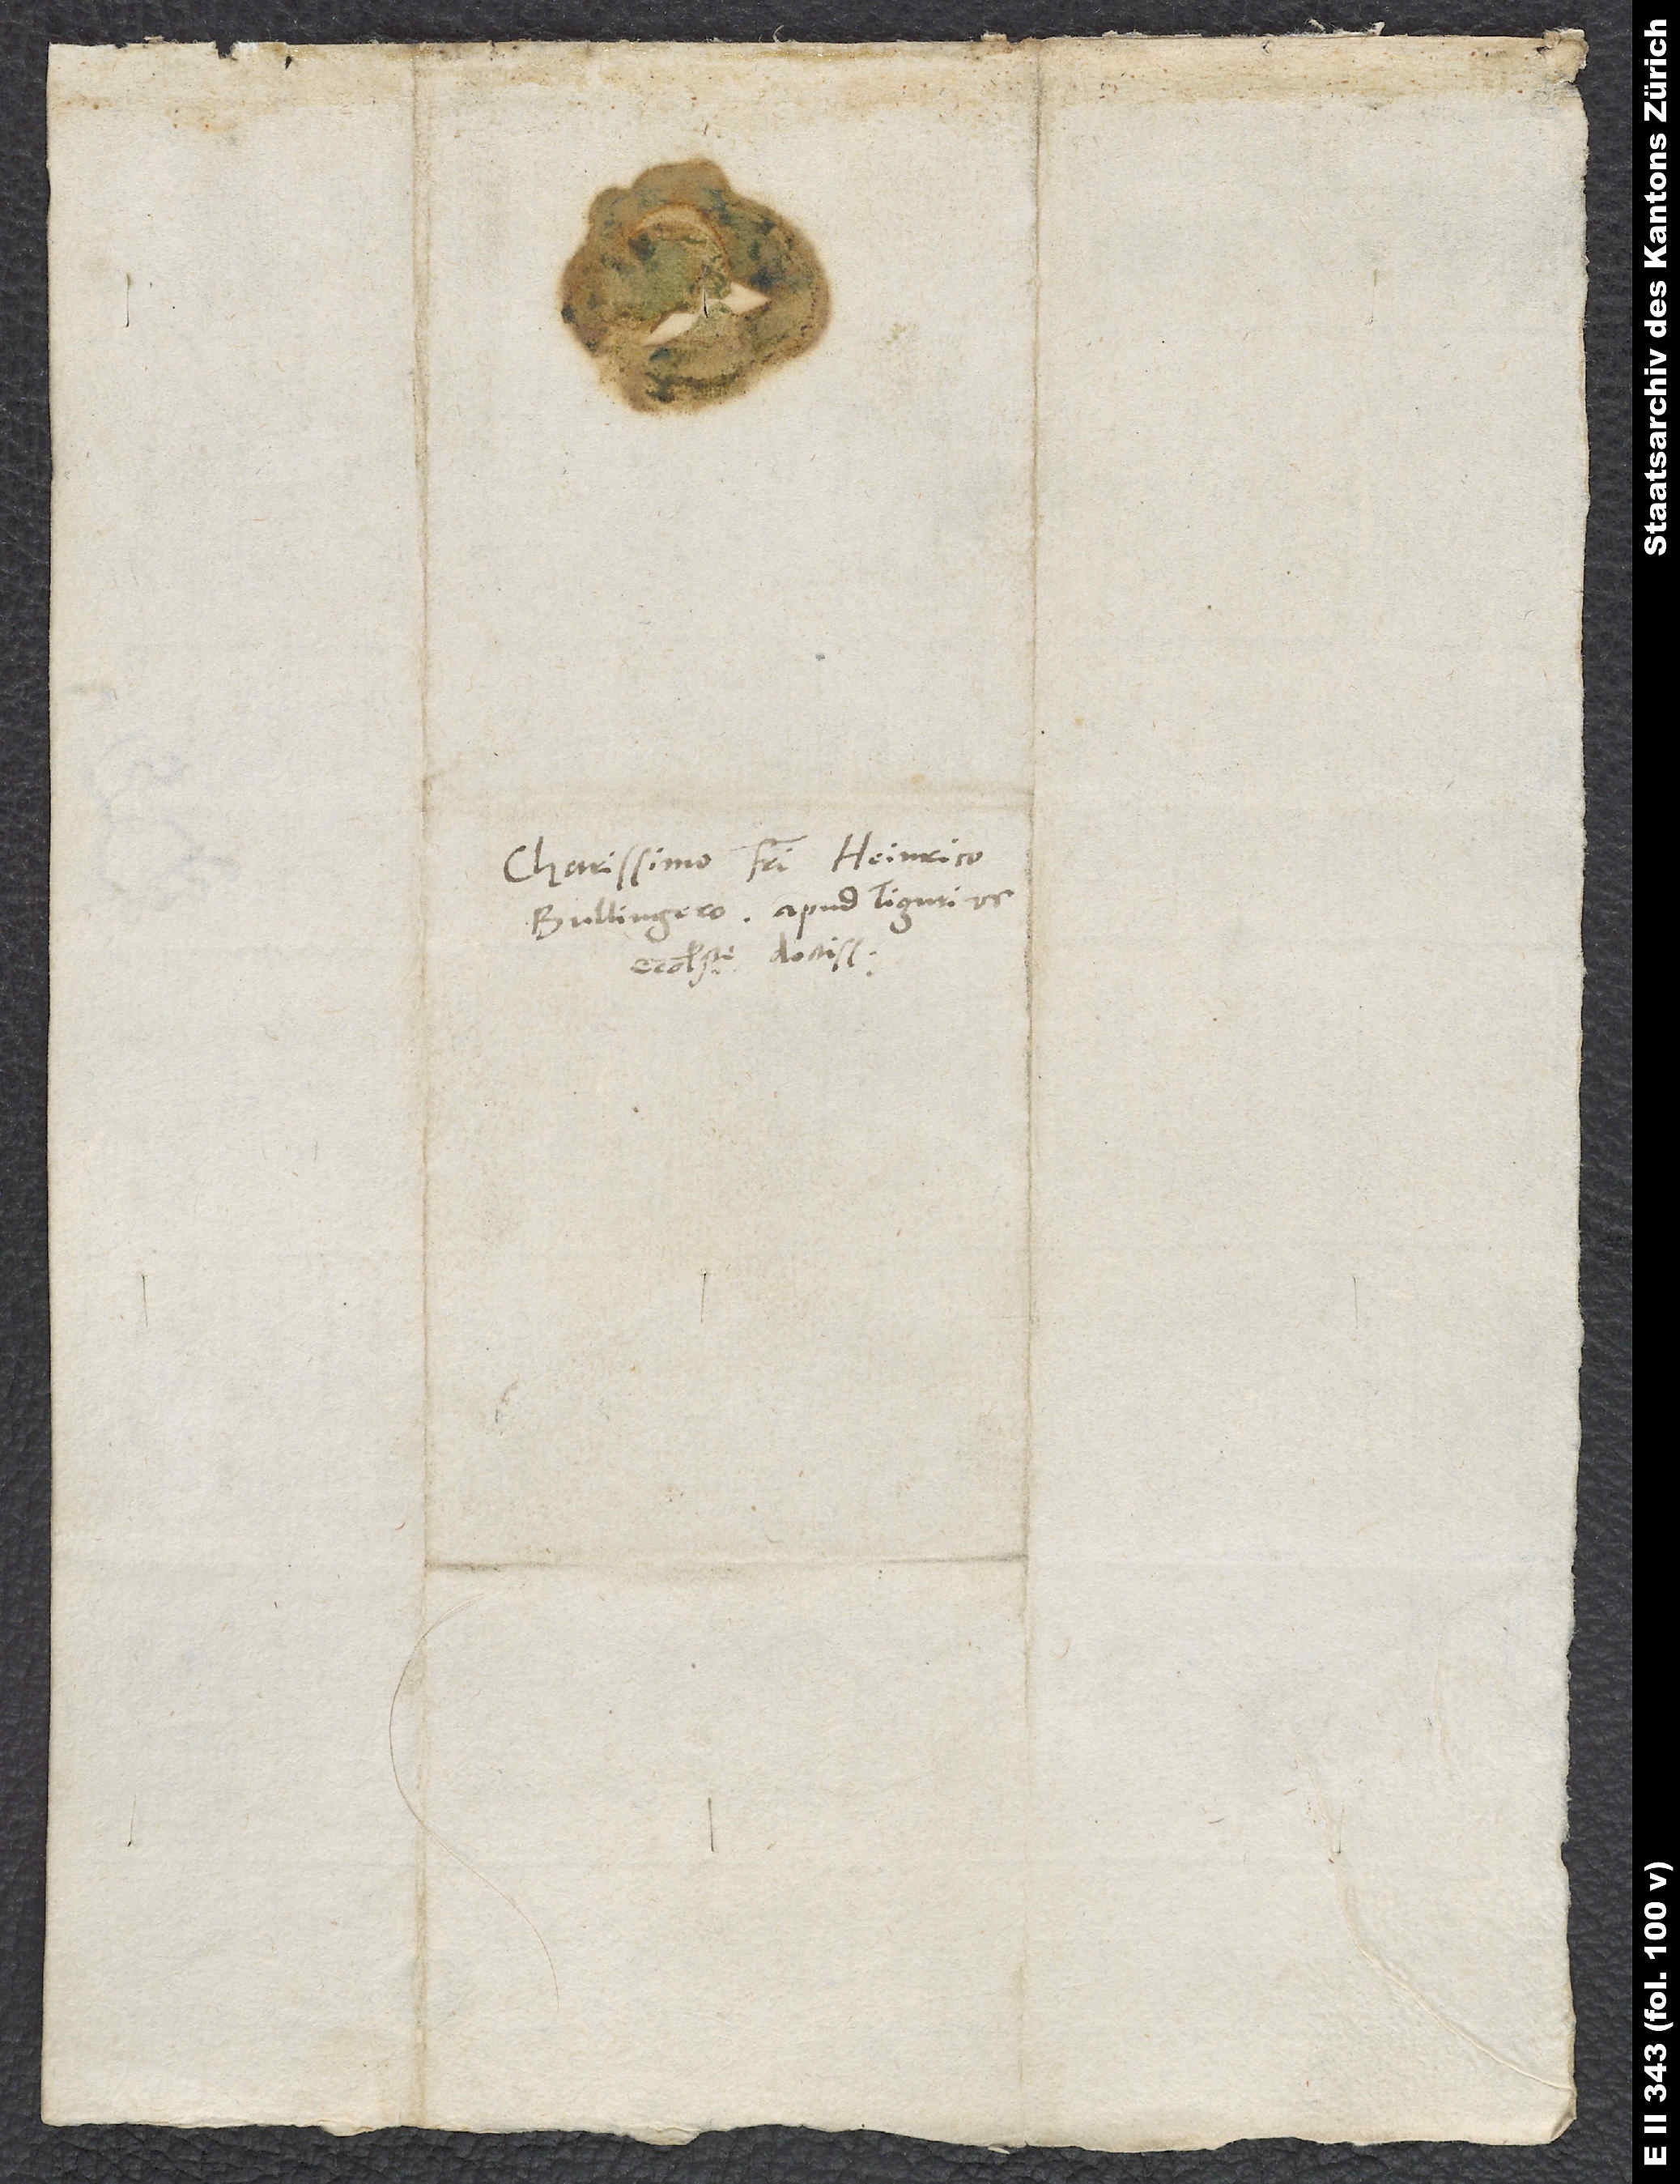
Charissimo fratri Heinrico
Bullingero, apud Tigurinos
ecclesiaste doctissimo.